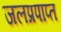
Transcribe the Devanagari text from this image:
जलप्रपाप्त